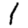
Digit: 1